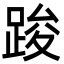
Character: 踆